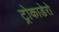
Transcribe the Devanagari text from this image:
ट्रोकाडेरो